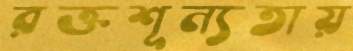
রক্তশূন্যতায়